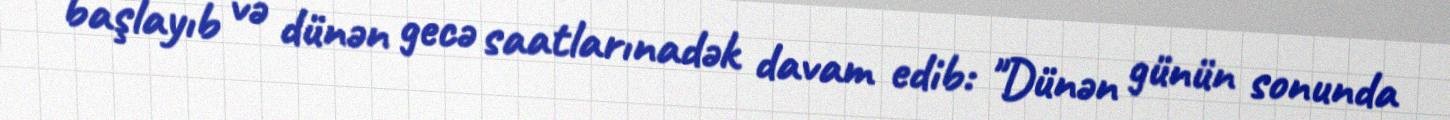
başlayıb və dünən gecə saatlarınadək davam edib: "Dünən günün sonunda